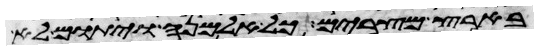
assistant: בארץ מצרים כל אלמנה ויתום לא